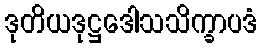
ဒုတိယဒုဋ္ဌဒေါသသိက္ခာပဒံ